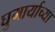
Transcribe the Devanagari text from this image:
घुमार्याच्या